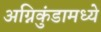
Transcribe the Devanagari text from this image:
अग्निकुंडामध्ये